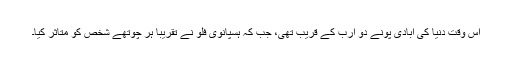
اس وقت دنیا کی آبادی پونے دو ارب کے قریب تھی، جب کہ ہسپانوی فلو نے تقریباً ہر چوتھے شخص کو متاثر کیا۔